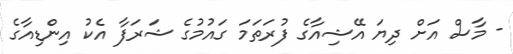
- މާސް އަށް ދިޔަ އޭޝިއާގެ ފުރަތަމަ ގައުމުގެ ޝަރަފާ އެކު އިންޑިއާގެ